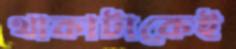
থাকাটাকেই